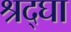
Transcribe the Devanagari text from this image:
श्रद्घा